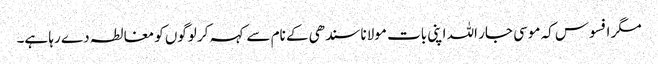
مگر افسوس کہ موسی جار اللہ اپنی بات مولانا سندھی کے نام سے کہہ کر لوگوں کو مغالطہ دے رہا ہے۔